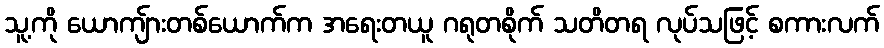
သူ့ကို ယောကျ်ားတစ်ယောက်က အရေးတယူ ဂရုတစိုက် သတိတရ လုပ်သဖြင့် စကားလက်